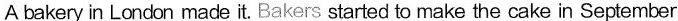
A bakery in London made it. Bakers started to make the cake in September